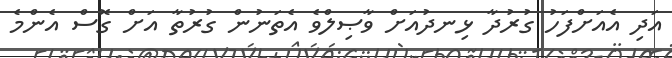
އަދި އެއަށްފަހު ގުރުދާ ޅިނދުއަށް ވާޞިލްވެ އެތަނުން ގުރުތާ އަށް ގޮސް އެންމެ